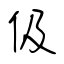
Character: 伋